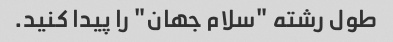
طول رشته "سلام جهان" را پیدا کنید.